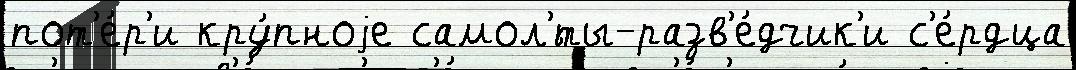
пот'е́р'и кру́пноjе самол'́ты-разв'е́дчик'и с'е́рдца